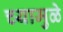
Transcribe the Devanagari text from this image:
च्यामुळे